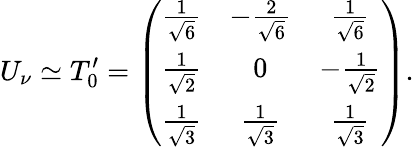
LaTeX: U_{\nu}\simeq T_{0}^{\prime}=\left(\begin{array}{ccc}{{\frac 1{\sqrt{6}}}}&{{-\frac 2{\sqrt{6}}}}&{{\frac 1{\sqrt{6}}}}\\ {{\frac 1{\sqrt{2}}}}&{{0}}&{{-\frac 1{\sqrt{2}}}}\\ {{\frac 1{\sqrt{3}}}}&{{\frac 1{\sqrt{3}}}}&{{\frac 1{\sqrt{3}}}}\end{array}\right).